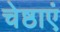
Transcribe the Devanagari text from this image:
चेष्ठाएं